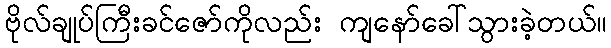
ဗိုလ်ချုပ်ကြီးခင်ဇော်ကိုလည်း ကျနော်ခေါ်သွားခဲ့တယ်။